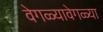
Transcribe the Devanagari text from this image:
वेगळ्यावेगळ्या